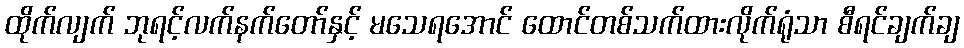
ထိုက်လျက် ဘုရင့်လက်နက်တော်နှင့် မသေရအောင် ထောင်တစ်သက်ထားလိုက်ရုံသာ စီရင်ချက်ချ